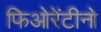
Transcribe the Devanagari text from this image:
फिओरेंटीनो